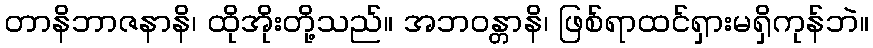
တာနိဘာဇနာနိ၊ ထိုအိုးတို့သည်။ အဘဝန္တာနိ၊ ဖြစ်ရာထင်ရှားမရှိကုန်ဘဲ။